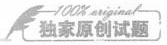
〔独家原创试题]